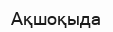
Ақшоқыда